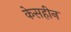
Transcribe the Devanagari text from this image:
केसहीन